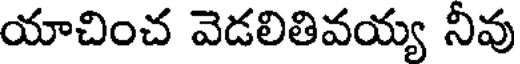
యాచించ వెడలితివయ్య నీవు